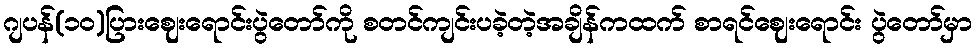
ဂျပန်(၁၀)ပြားဈေးရောင်းပွဲတော်ကို စတင်ကျင်းပခဲ့တဲ့အချိန်ကထက် စာရင်ဈေးရောင်း ပွဲတော်မှာ